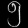
Digit: ၅